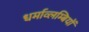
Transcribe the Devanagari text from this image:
धर्माव्लम्बियों